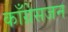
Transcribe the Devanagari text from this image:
काँग्रेसजन